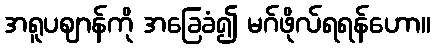
အရူပဈာန်ကို အခြေခံ၍ မဂ်ဖိုလ်ရရန်ဟော။